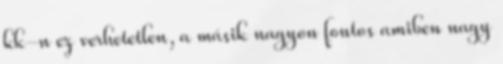
kk-n ez verhetetlen, a másik nagyon fontos amiben nagy